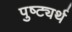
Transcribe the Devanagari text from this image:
पुष्ट्यर्थ